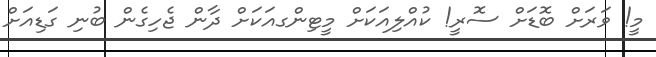
މީ! ވަރަށް ބޮޑަށް ސޮރީ! ކުއްލިއަކަށް މީޓިންގއަކަށް ދާން ޖެހިގެން ބުނި ގަޑިއަށް